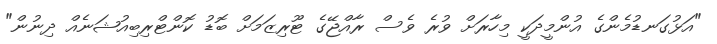
"އަޅުގަނޑުމެންގެ އުންމީދަކީ މިހާރަށް ވުރެ ވެސް ރާއްޖޭގެ ޓޫރިޒަމަށް ބޮޑު ކޮންޓްރިބިއުޝަނެއް ދިނުން"